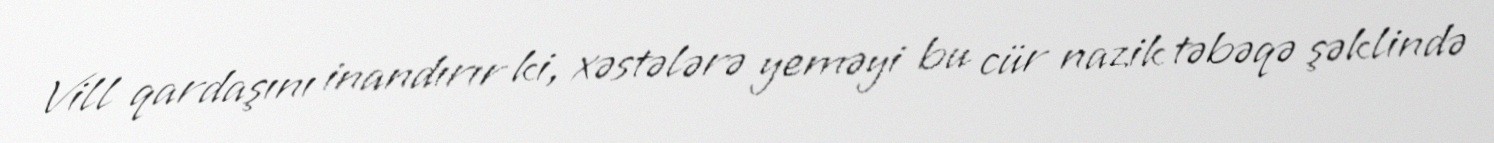
Vill qardaşını inandırır ki, xəstələrə yeməyi bu cür nazik təbəqə şəklində